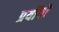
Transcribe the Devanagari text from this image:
प्रयोंगो